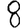
Digit: 8